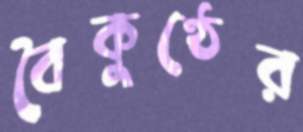
বৈকুণ্ঠের